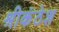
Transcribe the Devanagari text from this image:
श्रीकंठेश